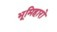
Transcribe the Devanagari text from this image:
भूमिहारो